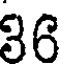
36